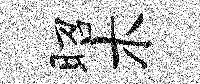
昭木